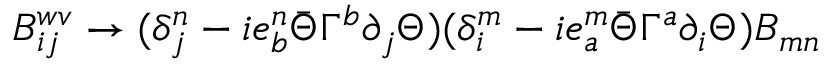
B _ { i j } ^ { w v } \rightarrow ( \delta _ { j } ^ { n } - i e _ { b } ^ { n } \bar { \Theta } \Gamma ^ { b } \partial _ { j } \Theta ) ( \delta _ { i } ^ { m } - i e _ { a } ^ { m } \bar { \Theta } \Gamma ^ { a } \partial _ { i } \Theta ) B _ { m n }